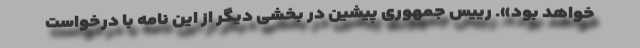
خواهد بود». رییس جمهوری پیشین در بخشی دیگر از این نامه با درخواست